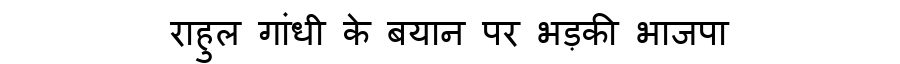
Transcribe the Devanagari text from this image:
राहुल गांधी के बयान पर भड़की भाजपा